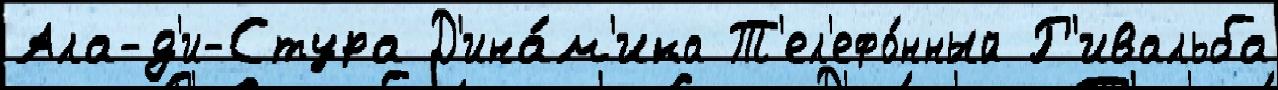
Ала-д'и-Стура Д'ина́м'ика Т'ел'ефо́нный Р'ивальба